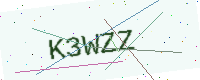
Text: K3WZZ